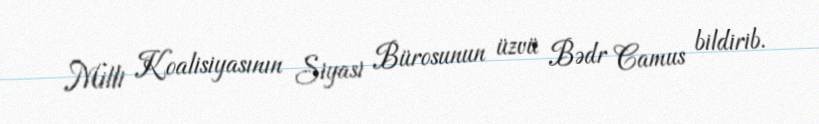
Milli Koalisiyasının Siyasi Bürosunun üzvü Bədr Camus bildirib.